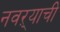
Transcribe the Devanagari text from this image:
नवऱ्याची